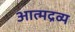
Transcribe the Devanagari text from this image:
आत्मद्रव्य